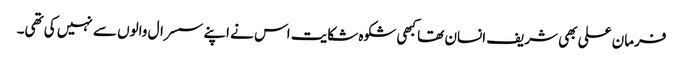
فرمان علی بھی شریف انسان تھا کبھی شکوہ شکایت اس نے اپنے سسرال والوں سے نہیں کی تھی۔